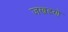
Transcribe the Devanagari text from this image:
जखडणे